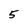
Character: 5